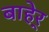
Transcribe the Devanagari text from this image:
बाहेर्